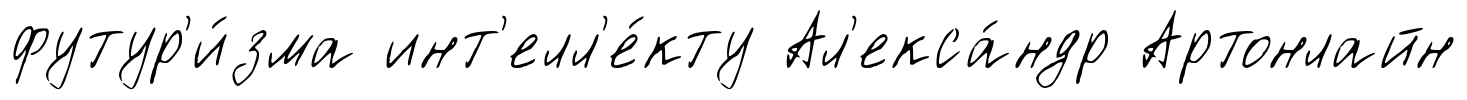
футур'и́зма инт'елл'е́кту Ал'екса́ндр Артонлайн